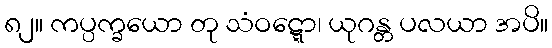
၈၂။ ကပ္ပက္ခယော တု သံဝဋ္ဋော၊ ယုဂန္တ ပလယာ အပိ။